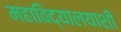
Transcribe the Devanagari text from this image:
महाविद्यालयाशी